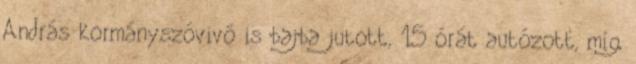
András kormányszóvivő is bajba jutott, 15 órát autózott, míg